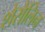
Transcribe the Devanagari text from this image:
शेरोलिन